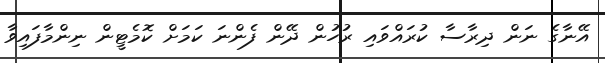
އޭނާގެ ނަން ދިރާސާ ކުރައްވައި ރުހުން ދޭން ފެންނަ ކަމަށް ކޮމެޓީން ނިންމާފައިވާ